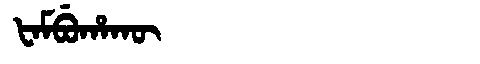
Manchu: ᡶᠠᠮᠪᡠᡥᠠᡴᡡ
Romanization: FAMBUHAKŪ